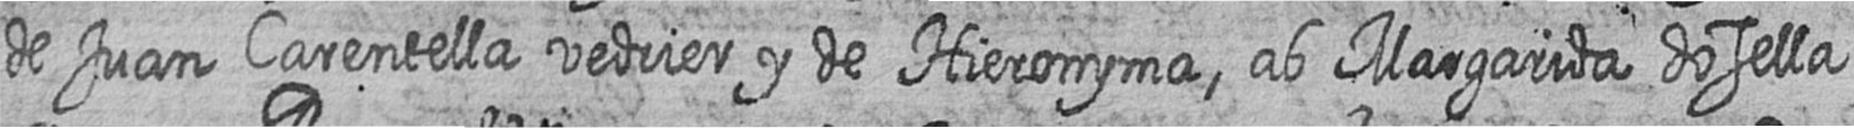
de Juan Carentella vedrier y de Hieronyma ab Margarida dosella